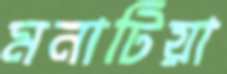
মনাটিয়া